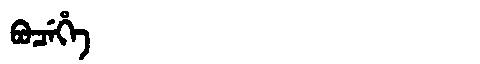
Manchu: ᠪᠣᠴᡝᡥᡝ
Romanization: BOCEHE